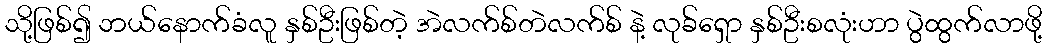
သို့ဖြစ်၍ ဘယ်နောက်ခံလူ နှစ်ဦးဖြစ်တဲ့ အဲလက်စ်တဲလက်စ် နဲ့ လုခ်ရှော နှစ်ဦးစလုံးဟာ ပွဲထွက်လာဖို့